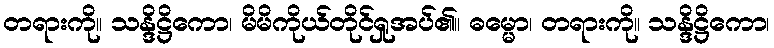
တရားကို။ သန္ဒိဋ္ဌိကော၊ မိမိကိုယ်တိုင်ရှုအပ်၏။ ဓမ္မော၊ တရားကို။ သန္ဒိဋ္ဌိကော၊